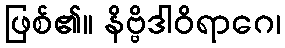
ဖြစ်၏။ နိဗ္ဗိဒါဝိရာဂေ၊